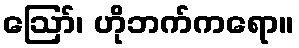
ဪ၊ ဟိုဘက်ကရော။